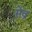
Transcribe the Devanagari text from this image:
सेव्र